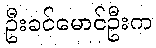
ဦးခင်မောင်ဦးက